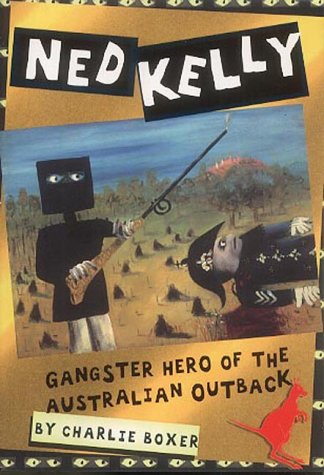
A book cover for Ned Kelly: Gangster Hero of the Australian Outback (History Files); Charlie Boxer; Children's Books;